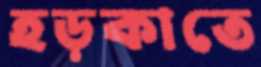
হড়কাতে